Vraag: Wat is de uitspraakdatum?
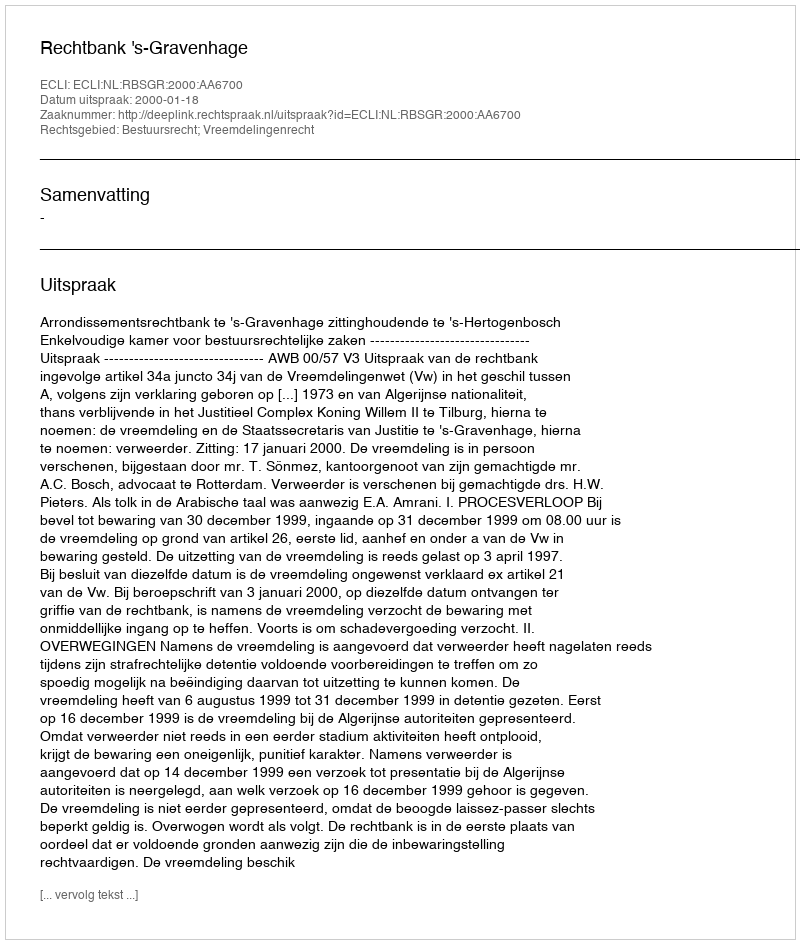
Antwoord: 2000-01-18